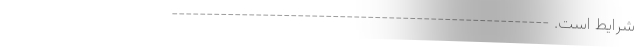
شرایط است. ------------------------------------------------------